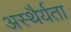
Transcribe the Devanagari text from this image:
अस्थैर्यता